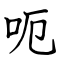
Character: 呃